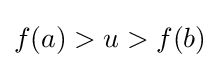
f(a)>u>f(b)